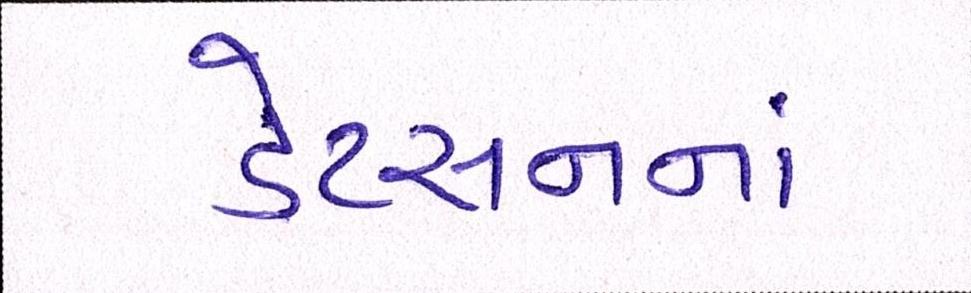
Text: ડેટસનનાં